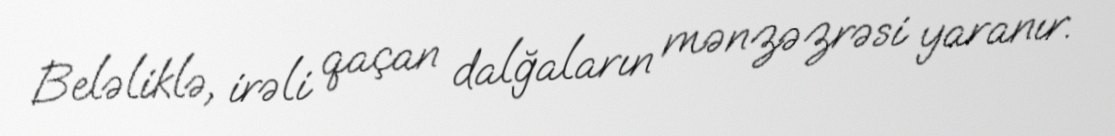
Beləliklə, irəli qaçan dalğaların mənzəzrəsi yaranır.